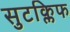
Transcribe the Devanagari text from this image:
सुटक्लिफ